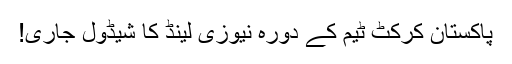
پاکستان کرکٹ ٹیم کے دورہ نیوزی لینڈ کا شیڈول جاری!